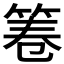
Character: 𮅒